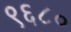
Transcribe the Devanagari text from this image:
९६८०